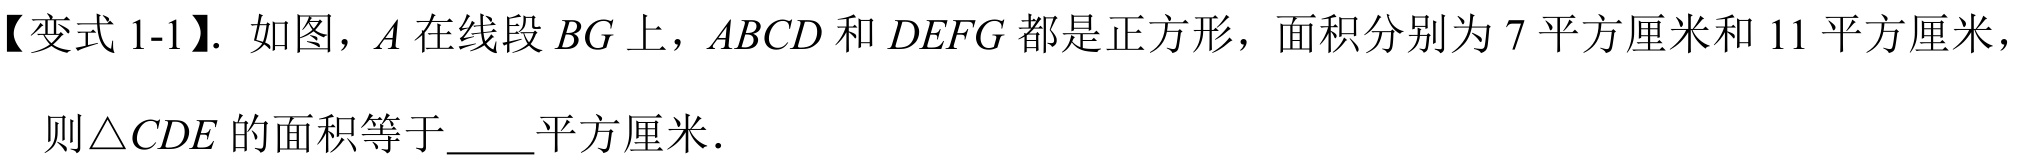
【变式 1-1】. 如图，\(A\)在线段\(BG\)上，\(ABCD\)和\(DEFG\)都是正方形，面积分别为\(7\)平方厘米和\(11\)平方厘米，
则\(\triangle CDE\)的面积等于  平方厘米.